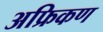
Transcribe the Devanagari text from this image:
अफ्रिकण